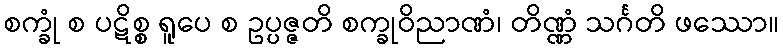
စက္ခုံ စ ပဋိစ္စ ရူပေ စ ဥပ္ပဇ္ဇတိ စက္ခုဝိညာဏံ၊ တိဏ္ဏံ သင်္ဂတိ ဖဿော။